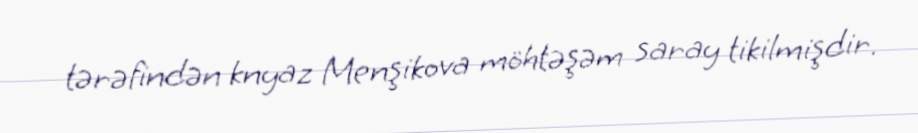
tərəfindən knyaz Menşikova möhtəşəm saray tikilmişdir.